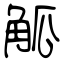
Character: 觚